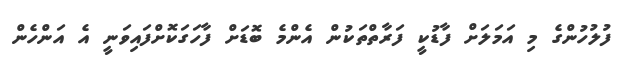
ފުލުހުންގެ މި އަމަލަށް ފާޑުކީ ފަރާތްތަކުން އެންމެ ބޮޑަށް ފާހަގަކޮށްފައިވަނީ އެ އަންހެން